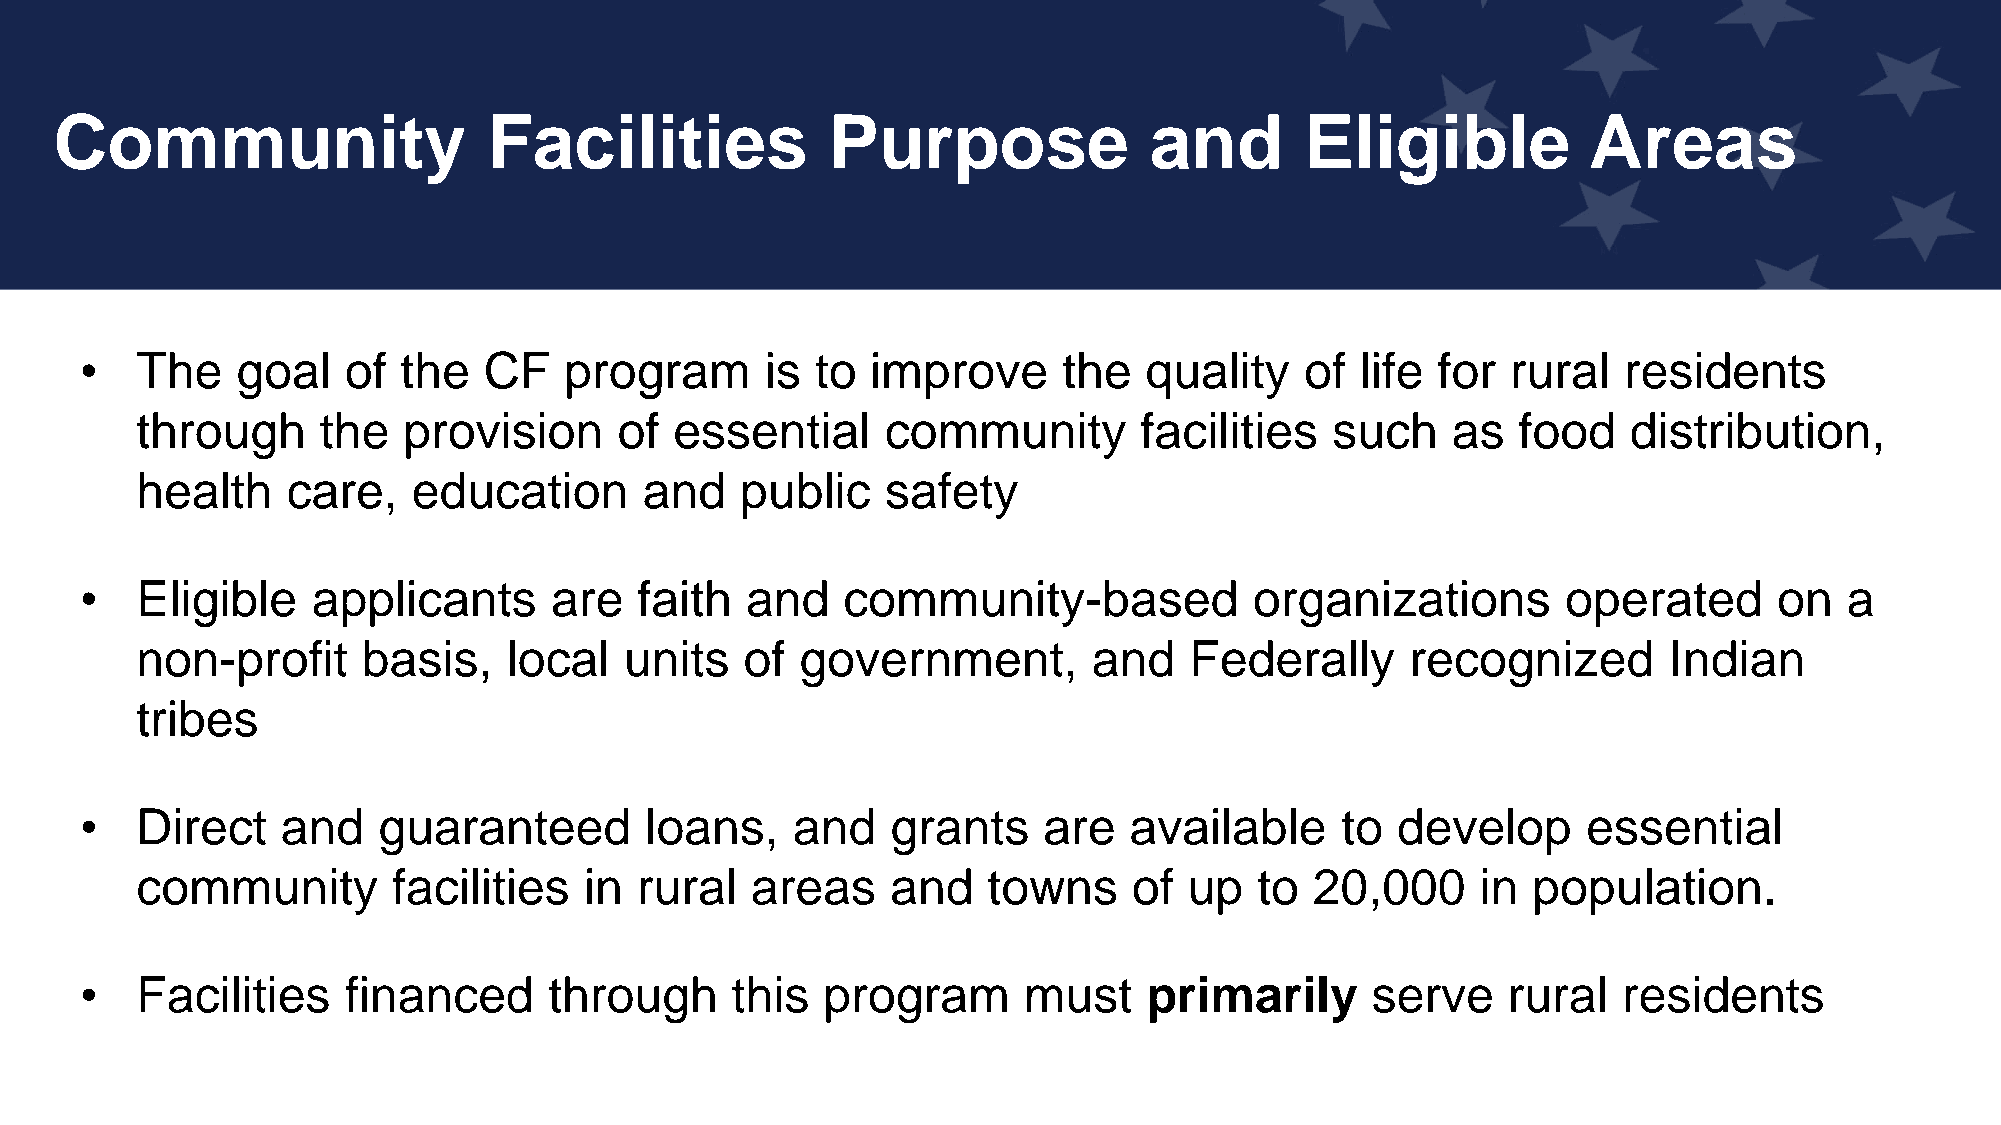
Community                   Facilities             Purpose              and       Eligible           Areas
 •   The    goal   of the   CF   program       is to  improve     the   quality   of  life for  rural  residents
 through     the   provision     of  essential     community       facilities   such    as  food    distribution,
 health    care,   education       and   public    safety
 •   Eligible    applicants     are   faith  and    community-based            organizations        operated      on  a
 non-profit     basis,    local  units   of  government,        and    Federally     recognized       Indian
 tribes
 •   Direct    and   guaranteed        loans,   and    grants    are   available     to develop      essential
 community        facilities   in rural   areas    and   towns     of  up  to  20,000     in population.
 •   Facilities    financed     through     this  program       must    primarily      serve    rural  residents